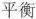
平衡